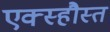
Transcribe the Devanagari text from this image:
एक्स्हौस्त